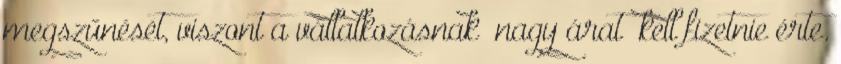
megszűnését, viszont a vállalkozásnak „nagy árat” kell fizetnie érte.